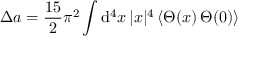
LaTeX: \Delta a = { \frac { 1 5 } { 2 } } \pi ^ { 2 } \int \mathrm { d } ^ { 4 } x \, | x | ^ { 4 } \, \langle \Theta ( x ) \, \Theta ( 0 ) \rangle